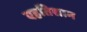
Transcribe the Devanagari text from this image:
एहतिशाम